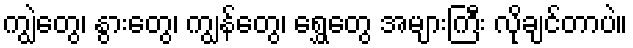
ကျွဲတွေ၊ နွားတွေ၊ ကျွန်တွေ၊ ရွှေတွေ အများကြီး လိုချင်တာပဲ။